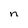
Character: n